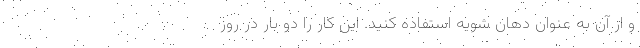
و از آن به عنوان دهان شویه استفاده کنید. این کار را دو بار در روز